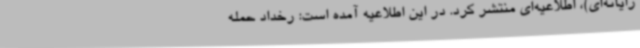
رایانه‌ای)، اطلاعیه‌ای منتشر کرد. در این اطلاعیه آمده است: رخداد حمله